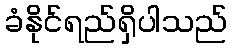
ခံနိုင်ရည်ရှိပါသည်